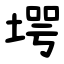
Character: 堮